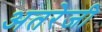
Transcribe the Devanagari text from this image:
अतरेजी